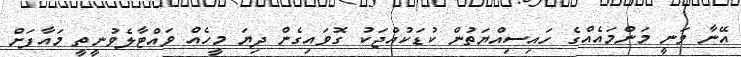
އޭނާ ވަނީ މަންމައެއްގެ ހައިސިއްޔަތުން ކުޑަކުއްޖަކު ގޮވައިގެން ދިޔަ މީހެއް ވައްޓާލެވުނީތީ މައާފަށް